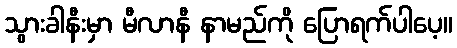
သွားခါနီးမှာ မီလာနီ နာမည်ကို ပြောရက်ပါပေ့။